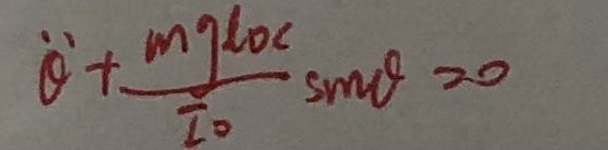
\dot{\theta}+\frac{mgl\cos\theta}{I_0}\sin\theta = 0